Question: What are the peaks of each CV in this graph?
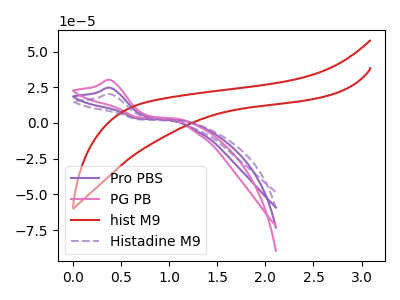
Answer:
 <answer>The purple curve "Pro PBS" has an anodic peak at: (0.40V, 24.65uA). The pink curve "PG PB" has an anodic peak at: (0.40V, 49.25uA). The red curve "hist M9" has no peaks. The purple dashed curve "Histadine M9" has an anodic peak at: (0.40V, 20.15uA).</answer>
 <eval></eval>